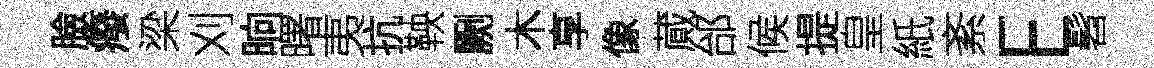
臉癈梁刈晌曙夷抗鞅劂木享像蕆邰候提皇紙紊E髫